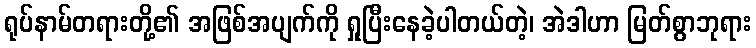
ရုပ်နာမ်တရားတို့၏ အဖြစ်အပျက်ကို ရှုပြီးနေခဲ့ပါတယ်တဲ့၊ အဲဒါဟာ မြတ်စွာဘုရား